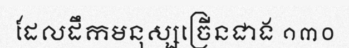
ដែលដឹកមនុស្សច្រើនជាង ១៣០